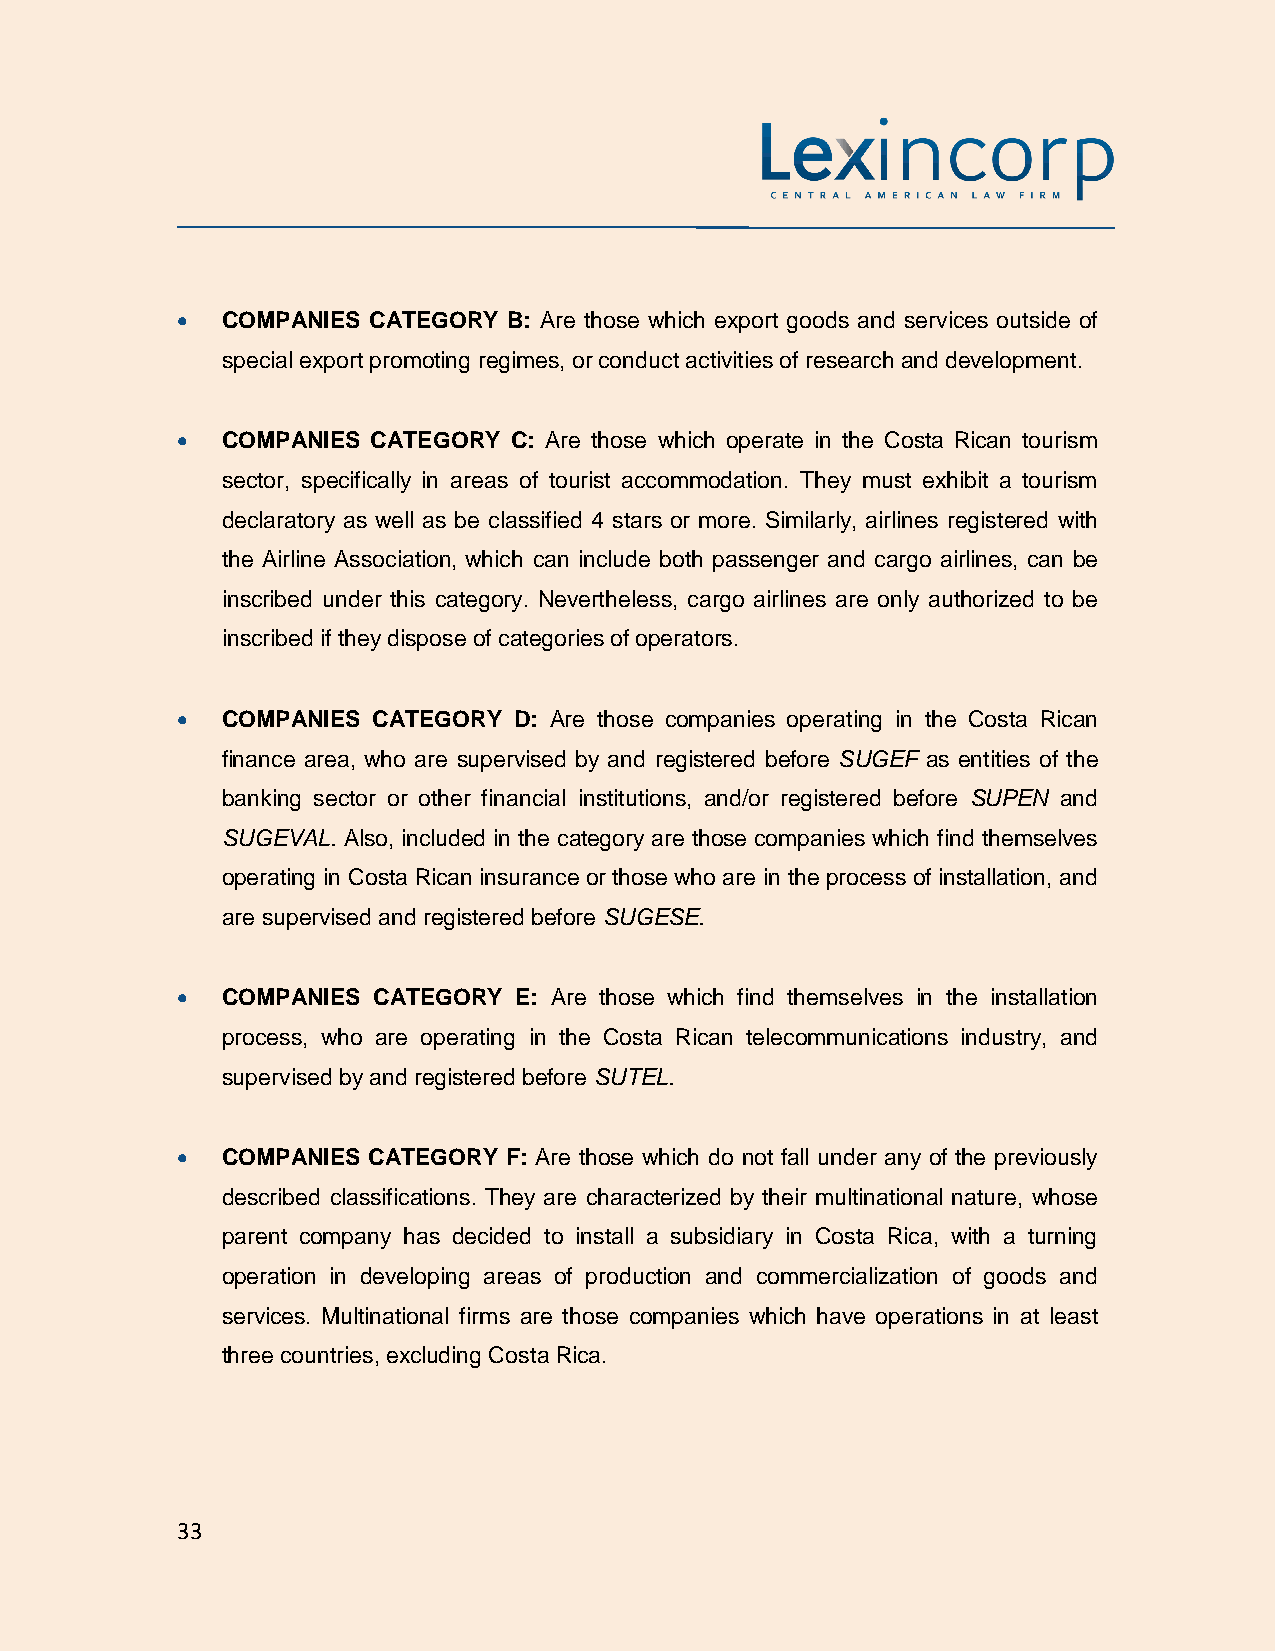
•  COMPANIES CATEGORY B: Are those which export goods and services outside of
 special export promoting regimes, or conduct activities of research and development.
 •  COMPANIES CATEGORY C: Are those which operate in the Costa Rican tourism
 sector, specifically in areas of tourist accommodation. They must exhibit a tourism
 declaratory as well as be classified 4 stars or more. Similarly, airlines registered with
 the Airline Association, which can include both passenger and cargo airlines, can be
 inscribed under this category. Nevertheless, cargo airlines are only authorized to be
 inscribed if they dispose of categories of operators.
 •  COMPANIES CATEGORY D: Are those companies operating in the Costa Rican
 finance area, who are supervised by and registered before SUGEF as entities of the
 banking sector or other financial institutions, and/or registered before SUPEN and
 SUGEVAL. Also, included in the category are those companies which find themselves
 operating in Costa Rican insurance or those who are in the process of installation, and
 are supervised and registered before SUGESE.
 •  COMPANIES CATEGORY E: Are those which find themselves in the installation
 process, who are operating in the Costa Rican telecommunications industry, and
 supervised by and registered before SUTEL.
 •  COMPANIES CATEGORY F: Are those which do not fall under any of the previously
 described classifications. They are characterized by their multinational nature, whose
 parent company has decided to install a subsidiary in Costa Rica, with a turning
 operation in developing areas of production and commercialization of goods and
 services. Multinational firms are those companies which have operations in at least
 three countries, excluding Costa Rica.
 33